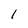
Character: 1